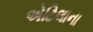
એટિલાના